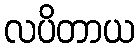
လပိတာယ